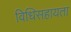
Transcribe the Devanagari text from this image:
विधिसहायता